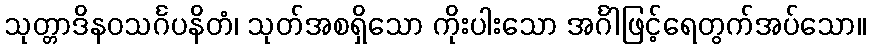
သုတ္တာဒိနဝသင်္ဂပနိတံ၊ သုတ်အစရှိသော ကိုးပါးသော အင်္ဂါဖြင့်ရေတွက်အပ်သော။